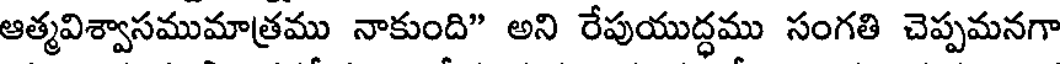
ఆత్మవిశ్వాసముమాత్రము నాకుంది" అని రేపుయుద్ధము సంగతి చెప్పమనగా